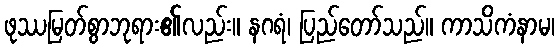
ဖုဿမြတ်စွာဘုရား၏လည်း။ နဂရံ၊ ပြည်တော်သည်။ ကာသိကံနာမ၊